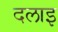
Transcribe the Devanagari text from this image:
दलाइ